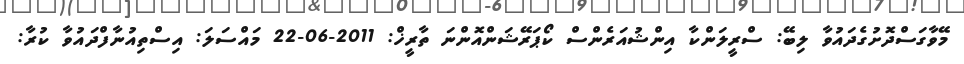
މޭވާގަސްދޮށުގެދައުވާ ލިބޭ: ސްރީލަންކާ އިންޝުއަރެންސް ކޯޕަރޭޝަންއޮންނަ ތާރީޚް: 2011-06-22 މައްސަލަ: އިސްތިއުނާފްދައުވާ ކުރާ: